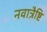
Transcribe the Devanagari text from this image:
नवात्रैष्टि